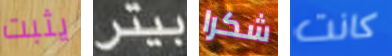
يثبت بيتر شكرا كانت